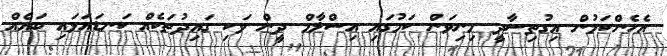
އެހެންކަމުން އިގުތިސާދީ މިނިވަން ކަމުގައި އިސްލާމް ދީން ވަކި ގައިދުތަކެއް ކަނޑައަޅައި ބައެއް